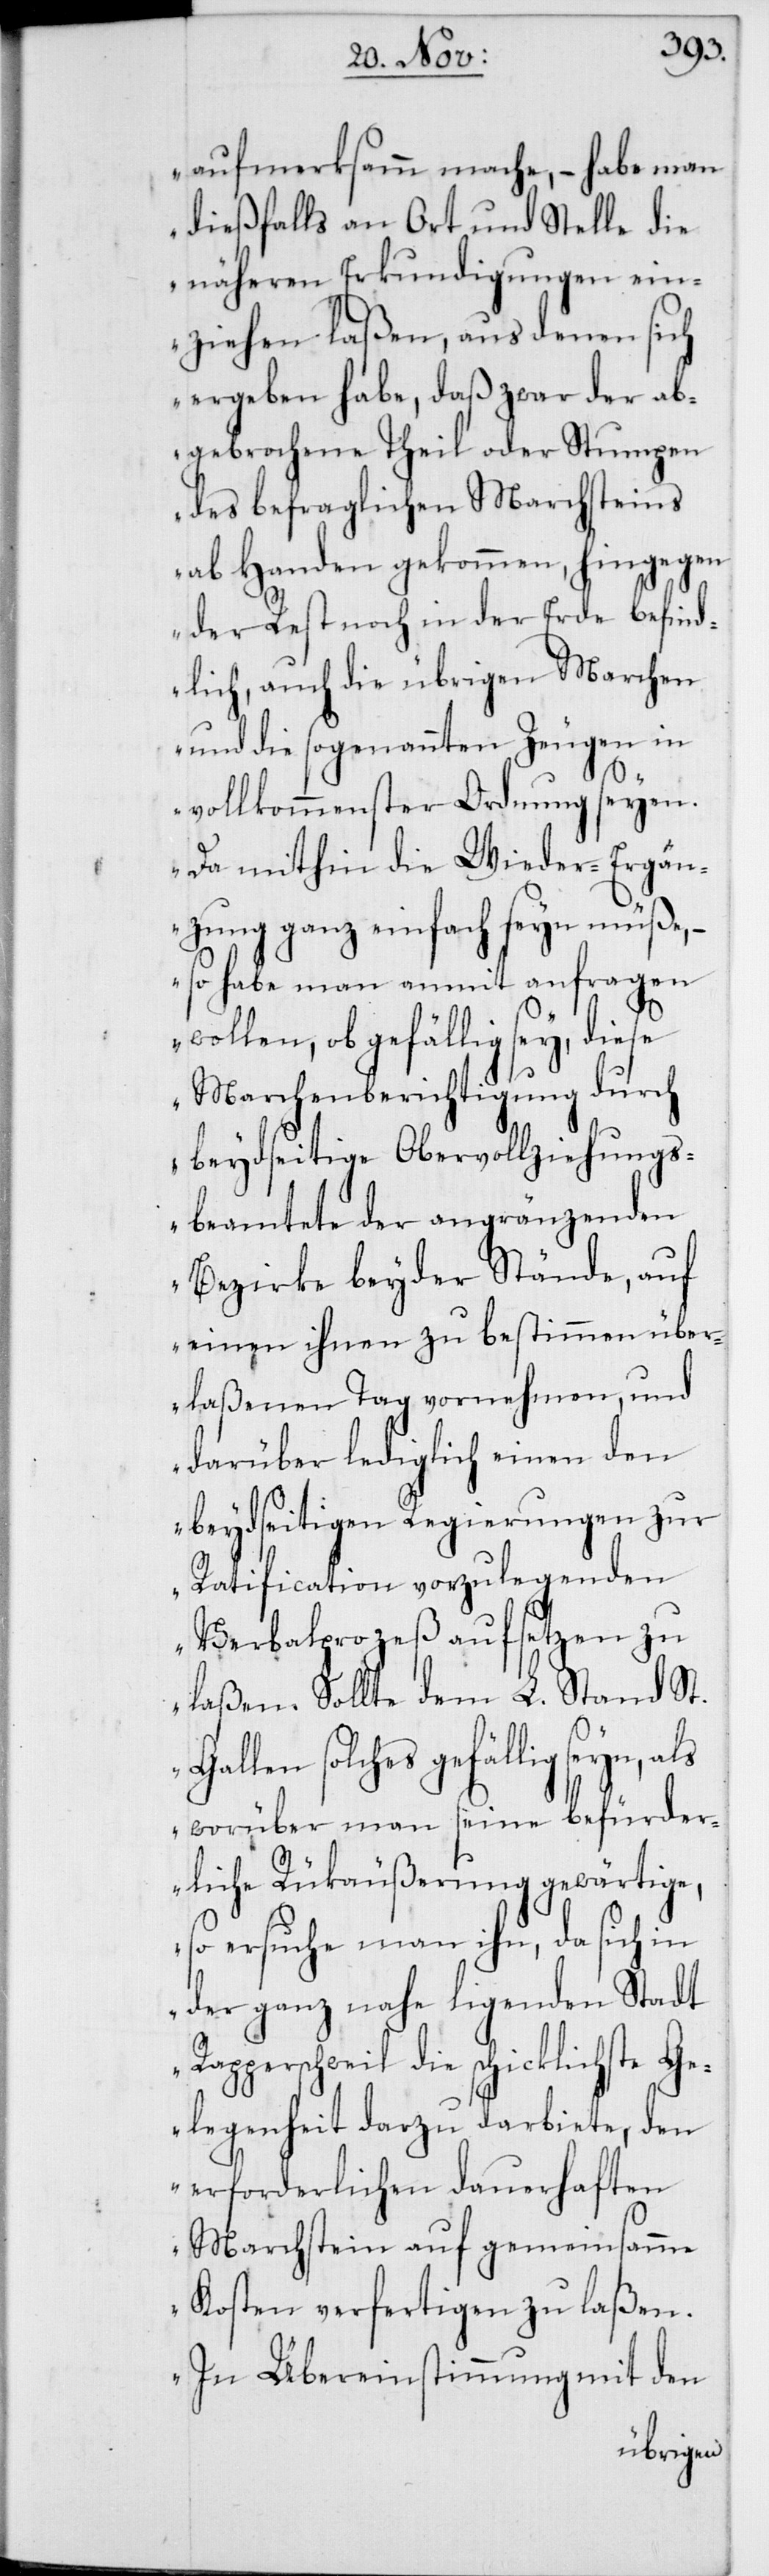
aufmerksamm mache, – habe man
dießfalls an Ort und Stelle die
näheren Erkundigungen ein¬
ziehen laßen, aus denen sich
ergeben habe, daß zwar der ab¬
gebrochene Theil oder Stumpen
des befraglichen Marchsteins
ab Handen gekommen, hingegen
der Rest noch in der Erde befind¬
lich, auch die übrigen Marchen
und die sogenannten Zeugen in
vollkommenster Ordnung seyen.
Da mithin die Wieder-Ergän¬
zung ganz einfach seyn müße,
– so habe man anmit anfragen
wollen, ob gefällig sey, diese
Marchenberichtigung durch
beydseitige Obervollziehungs¬
beamtete der angränzenden
Bezirke beyder Stände, auf
einen ihnen zu bestimmen über¬
laßenen Tag vornehmen, und
darüber lediglich einen den
beydseitigen Regierungen zur
Ratification vorzulegenden
Verbalprozeß aufsetzen zu
laßen. Sollte dem L. Stand St.
Gallen solches gefällig seyn,
worüber man seine befürder¬
liche Rükäußerung gewärtige,
so ersuche man ihn, da sich in
der ganz nahe ligenden Stadt
Rapperschweil die schicklichste
Gelegenheit darzu darbiete, den
erforderlichen dauerhaften
Marchstein auf gemeinsamme
Kosten verfertigen zu laßen.
In Übereinstimmung mit den